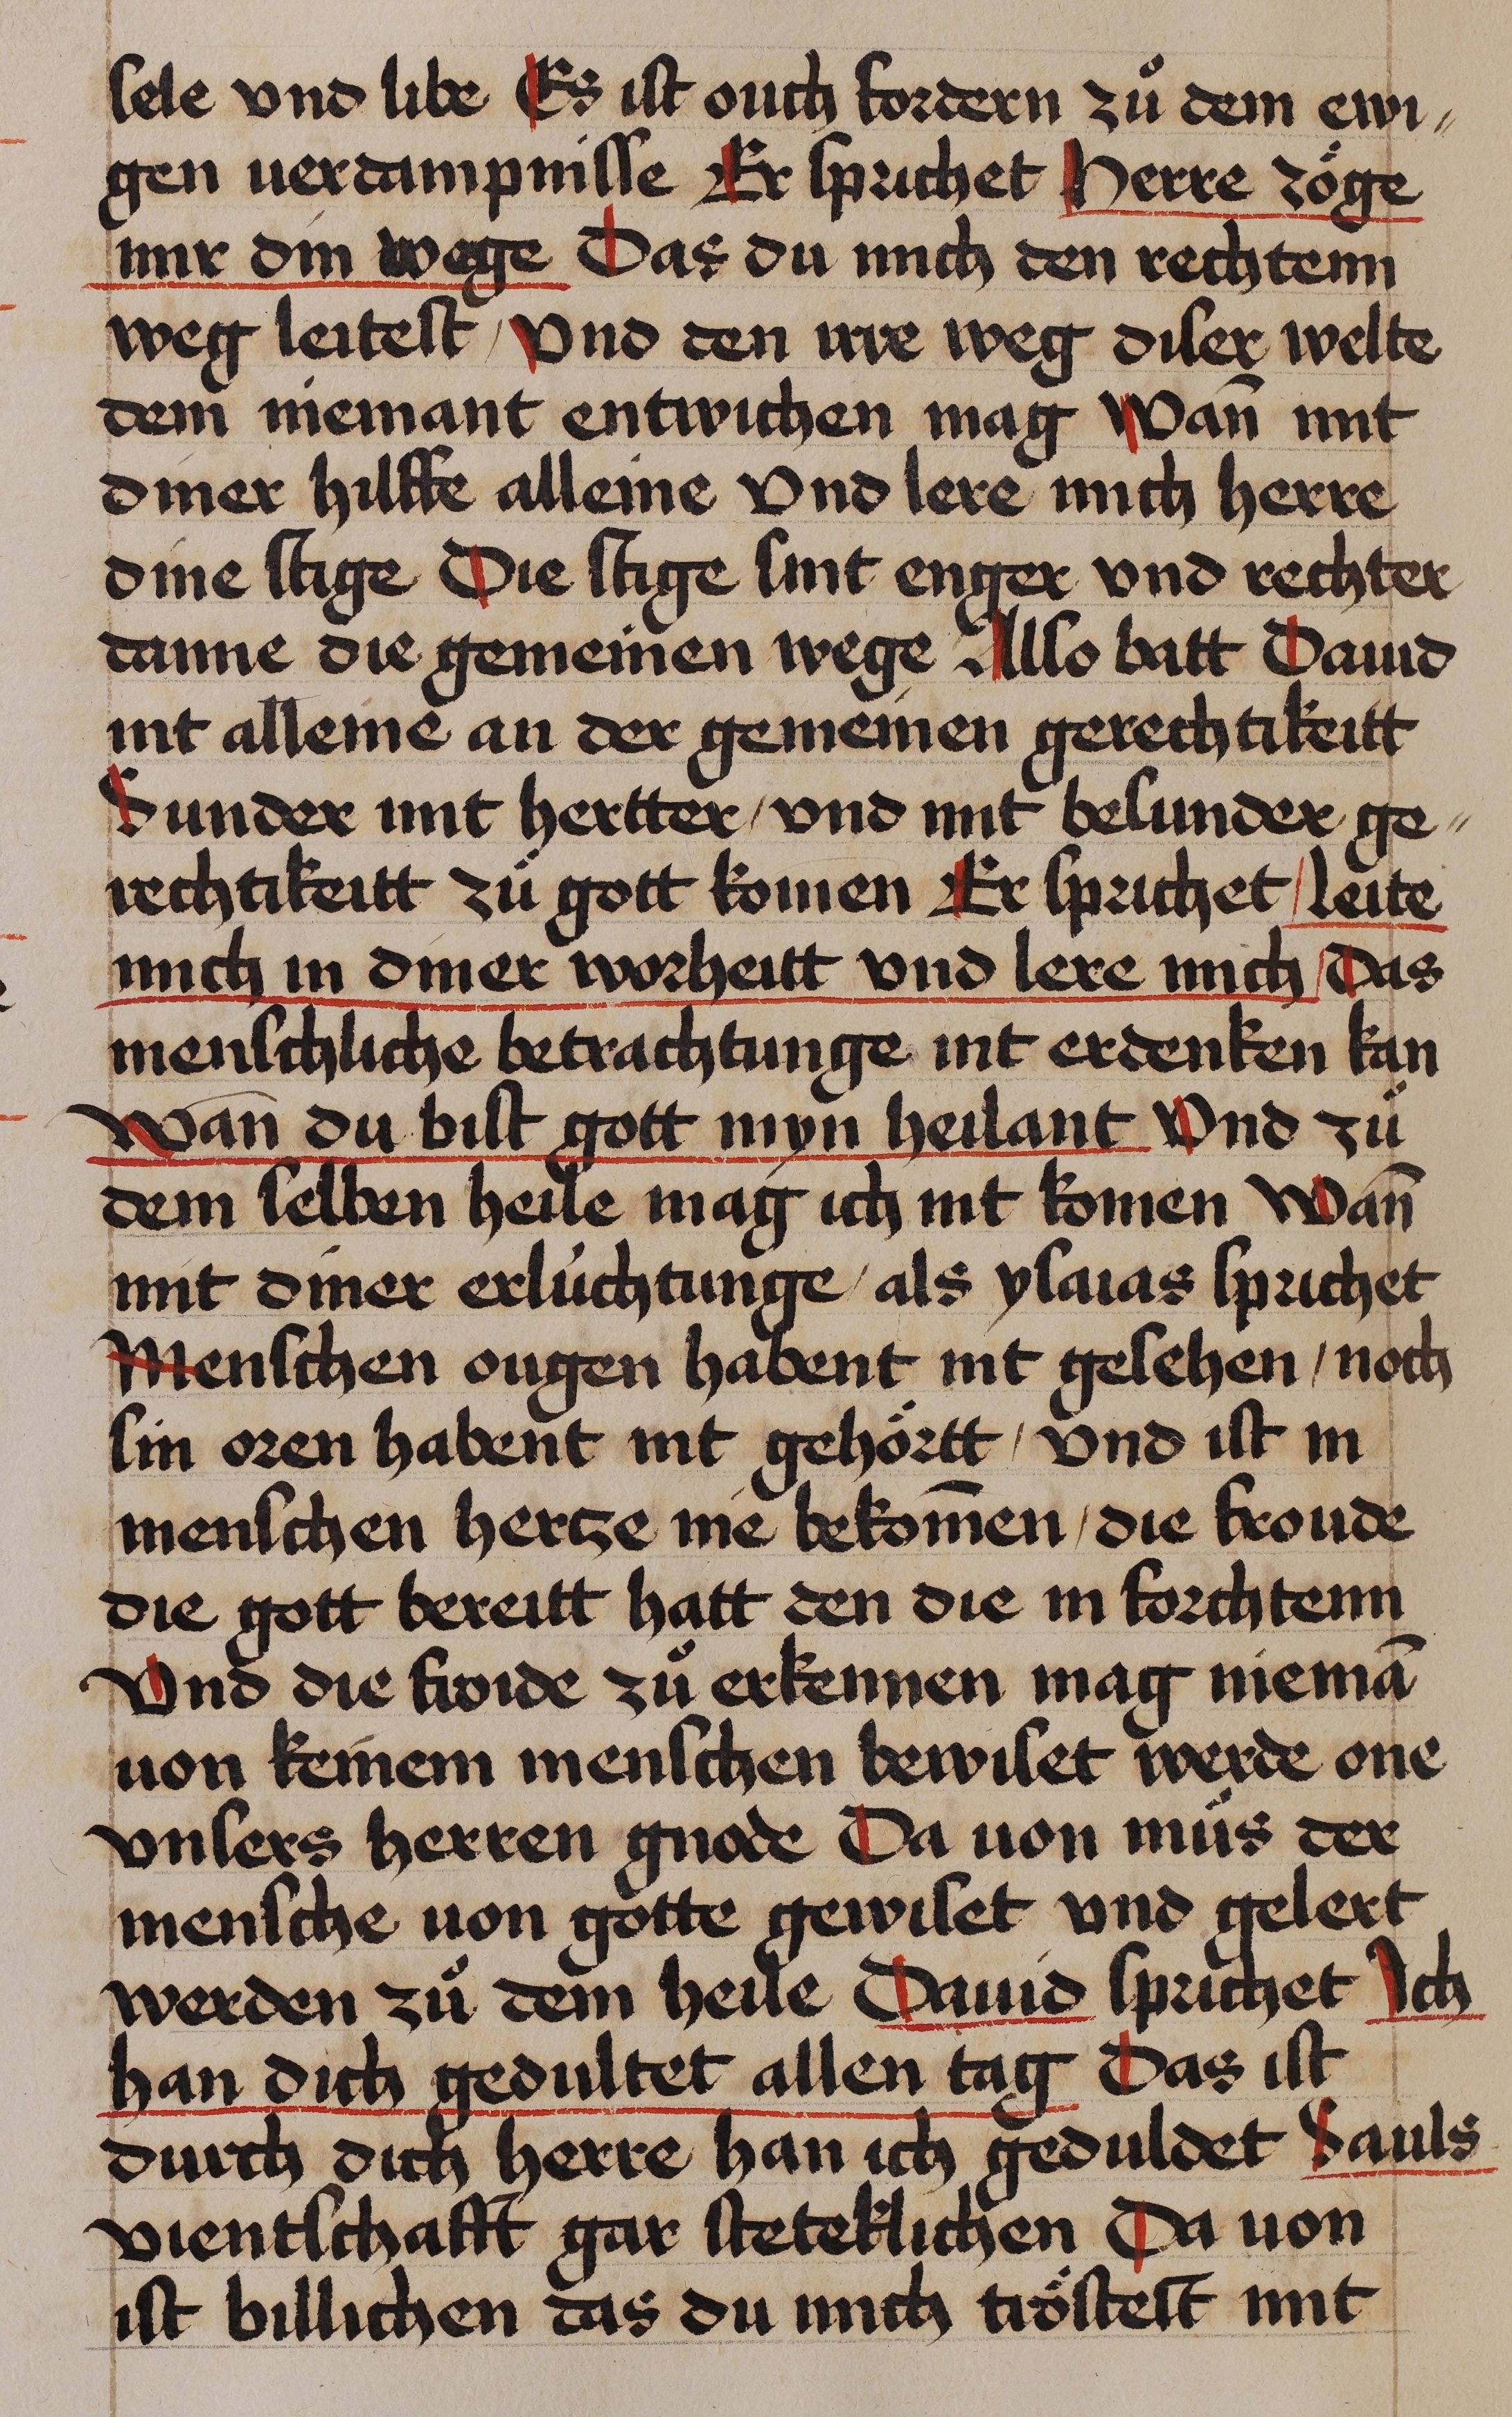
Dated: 1435–1465